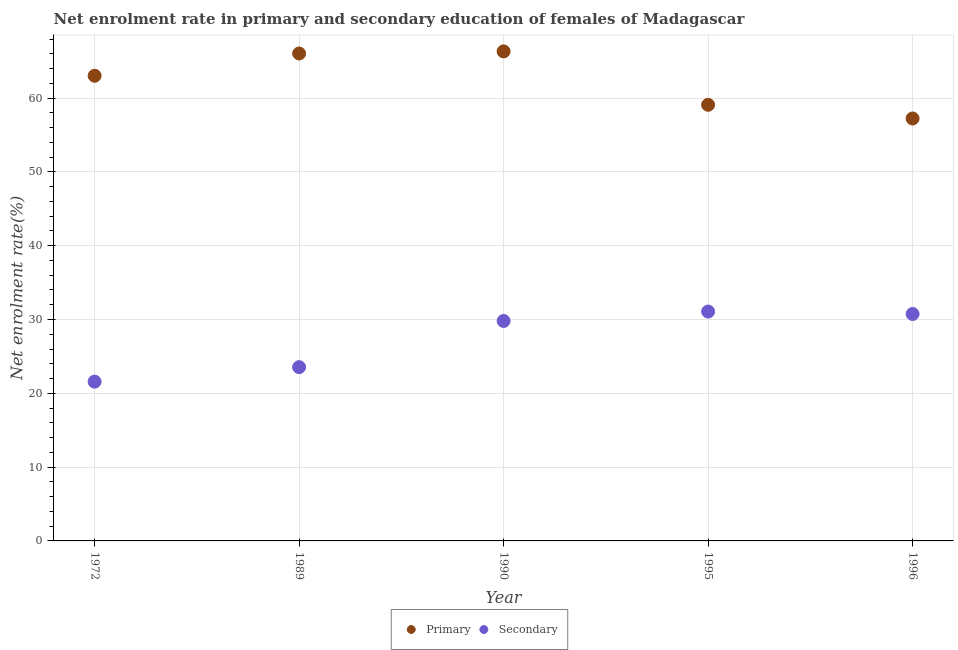
| Year | Primary | Secondary |
 | --- | --- | --- |
 | 1972 | 63 | 21.6 |
 | 1989 | 66 | 23.5 |
 | 1990 | 66.3 | 29.8 |
 | 1995 | 59.1 | 31.1 |
 | 1996 | 57.2 | 30.7 |